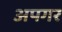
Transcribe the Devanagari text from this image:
अपगर